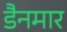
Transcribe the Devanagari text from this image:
डैनमार